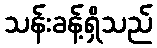
သန်းခန့်ရှိသည်